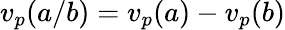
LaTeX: v_{p}(a/b)=v_{p}(a)-v_{p}(b)